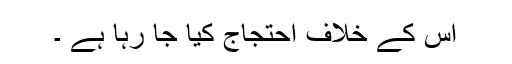
اس کے خلاف احتجاج کیا جا رہا ہے ۔